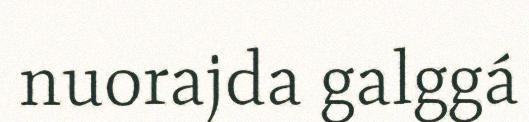
nuorajda galggá